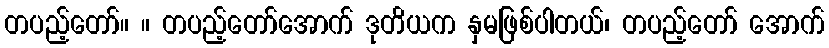
တပည့်တော်။ ။ တပည့်တော်အောက် ဒုတိယက နှမဖြစ်ပါတယ်၊ တပည့်တော် အောက်